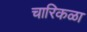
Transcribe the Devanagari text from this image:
चारिकळा